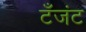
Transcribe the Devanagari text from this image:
टँजंट